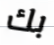
بك